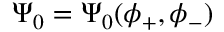
\Psi _ { 0 } = \Psi _ { 0 } ( \phi _ { + } , \phi _ { - } )